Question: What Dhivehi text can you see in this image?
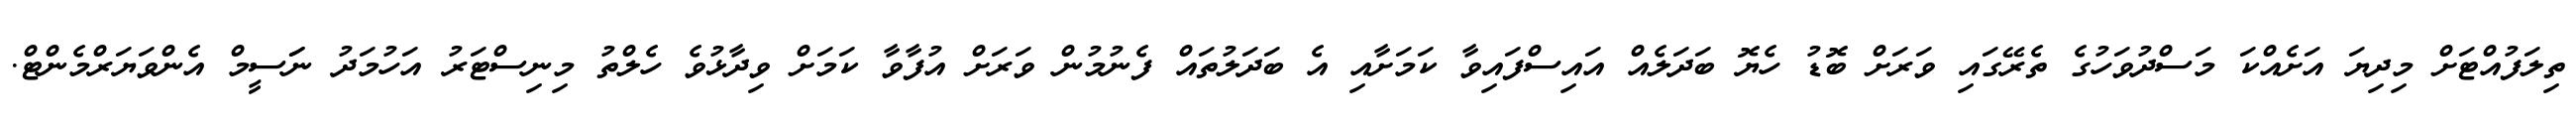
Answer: ތިލަފުއްޓަށް މިދިޔަ އަށެއްކަ މަސްދުވަހުގެ ތެރޭގައި ވަރަށް ބޮޑު ހެޔޮ ބަދަލެއް އައިސްފައިވާ ކަމަށާއި އެ ބަދަލުތައް ފެނުމުން ވަރަށް އުފާވާ ކަމަށް ވިދާޅުވެ ހެލްތު މިނިސްޓަރު އަހުމަދު ނަަސީމް އެންވަޔަރްމެންޓް.